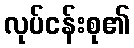
လုပ်ငန်းစု၏